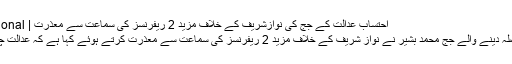
احتساب عدالت کے جج کی نوازشریف کے خلاف مزید 2 ریفرنسز کی سماعت سے معذرت | Falak News International
ایون فیلڈ ریفرنس میں کا فیصلہ دینے والے جج محمد بشیر نے نواز شریف کے خلاف مزید 2 ریفرنسز کی سماعت سے معذرت کرتے ہوئے کہا ہے کہ عدالت چاہے تو میرا ٹرانسفر کردے۔